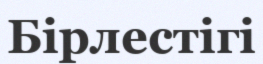
Бірлестігі